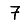
Digit: 7